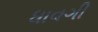
ધાવગી